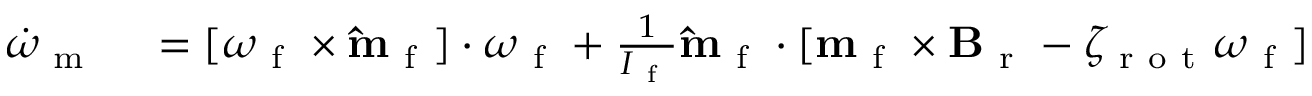
\begin{array} { r l } { \dot { \omega } _ { \mathrm { ~ m ~ } } } & { { } = [ \boldsymbol { \omega } _ { \mathrm { ~ f ~ } } \times \mathbf { \hat { m } } _ { \mathrm { ~ f ~ } } ] \cdot \boldsymbol { \omega } _ { \mathrm { ~ f ~ } } + \frac { 1 } { I _ { \mathrm { ~ f ~ } } } \mathbf { \hat { m } } _ { \mathrm { ~ f ~ } } \cdot [ \mathbf { m } _ { \mathrm { ~ f ~ } } \times \mathbf { B } _ { \mathrm { ~ r ~ } } - \zeta _ { \mathrm { ~ r ~ o ~ t ~ } } \boldsymbol { \omega } _ { \mathrm { ~ f ~ } } ] } \end{array}